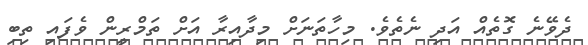
ދެވޭނެ ގޮތެއް އަދި ނެތެވެ. މިހާތަނަށް މިދާއިރާ އަށް ތަމްރީން ވެފައި ތިބި